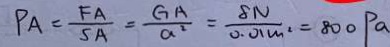
P _ { A } = \frac { F A } { S A } = \frac { G A } { a ^ { 2 } } = \frac { 8 N } { 0 . 0 1 m ^ { 2 } } = 8 0 0 P a